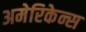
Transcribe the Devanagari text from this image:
अमेरिकेन्स